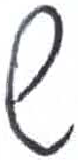
אות: ש